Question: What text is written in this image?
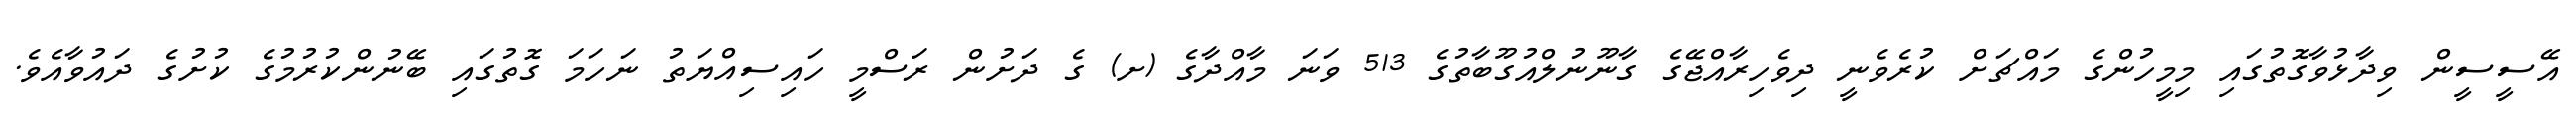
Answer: އޭސީސީން ވިދާޅުވާގޮތުގައި މިމީހުންގެ މައްޗަށް ކުރެވެނީ ދިވެހިރާއްޖޭގެ ގާނޫނުލްއުގޫބާތުގެ 513 ވަނަ މާއްދާގެ (ށ) ގެ ދަށުން ރަސްމީ ހައިސިއްޔަތު ނަހަމަ ގޮތުގައި ބޭނުންކުރުމުގެ ކުށުގެ ދައުވާއެވެ.